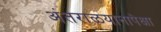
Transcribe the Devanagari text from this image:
अंतराळयानापेक्षा